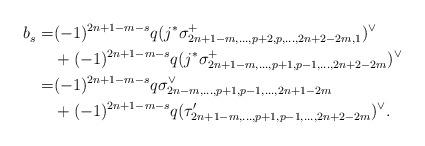
LaTeX: \begin{align*}b_s^{} =& (-1)^{2n+1-m-s}q (j^* \sigma_{2n+1-m,\dots,p+2,p,\dots,2n+2-2m,1}^+)^\vee \\&+ (-1)^{2n+1-m-s}q (j^* \sigma_{2n+1-m,\dots,p+1,p-1,\dots,2n+2-2m}^+)^\vee\\=& (-1)^{2n+1-m-s}q \sigma_{2n-m,\dots,p+1,p-1,\dots,2n+1-2m}^\vee \\&+ (-1)^{2n+1-m-s}q (\tau_{2n+1-m,\dots,p+1,p-1,\dots,2n+2-2m}')^\vee.\end{align*}